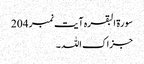
سورۃ البقرہ آیت نمبر 204​
جزاک اللہ۔